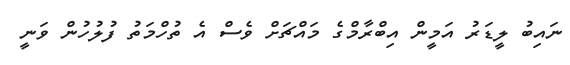
ނައިބު ލީޑަރު އަމީން އިބްރާމްގެ މައްޗަށް ވެސް އެ ތުހްމަތު ފުލުހުން ވަނީ